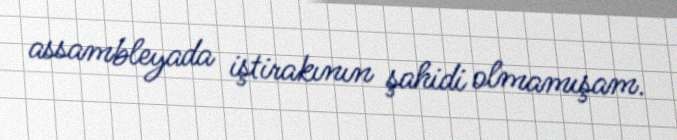
assambleyada iştirakının şahidi olmamışam.